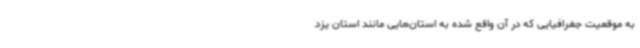
به موقعیت جغرافیایی که در آن واقع شده به استان‌هایی مانند استان یزد